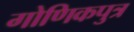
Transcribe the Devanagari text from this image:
गोणिकपुत्र